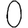
Digit: 0